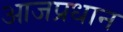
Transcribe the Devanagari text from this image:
आजप्रधान